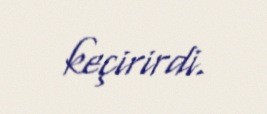
keçirirdi.